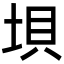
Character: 垻